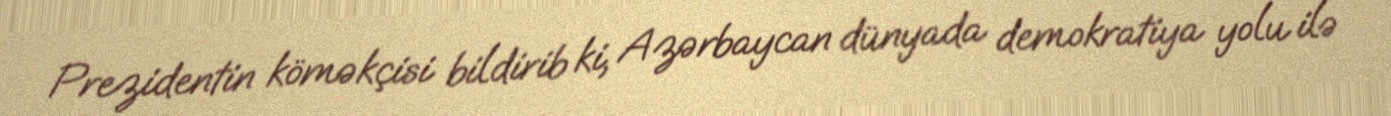
Prezidentin köməkçisi bildirib ki, Azərbaycan dünyada demokratiya yolu ilə